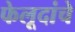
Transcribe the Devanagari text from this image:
फेलूदांचे